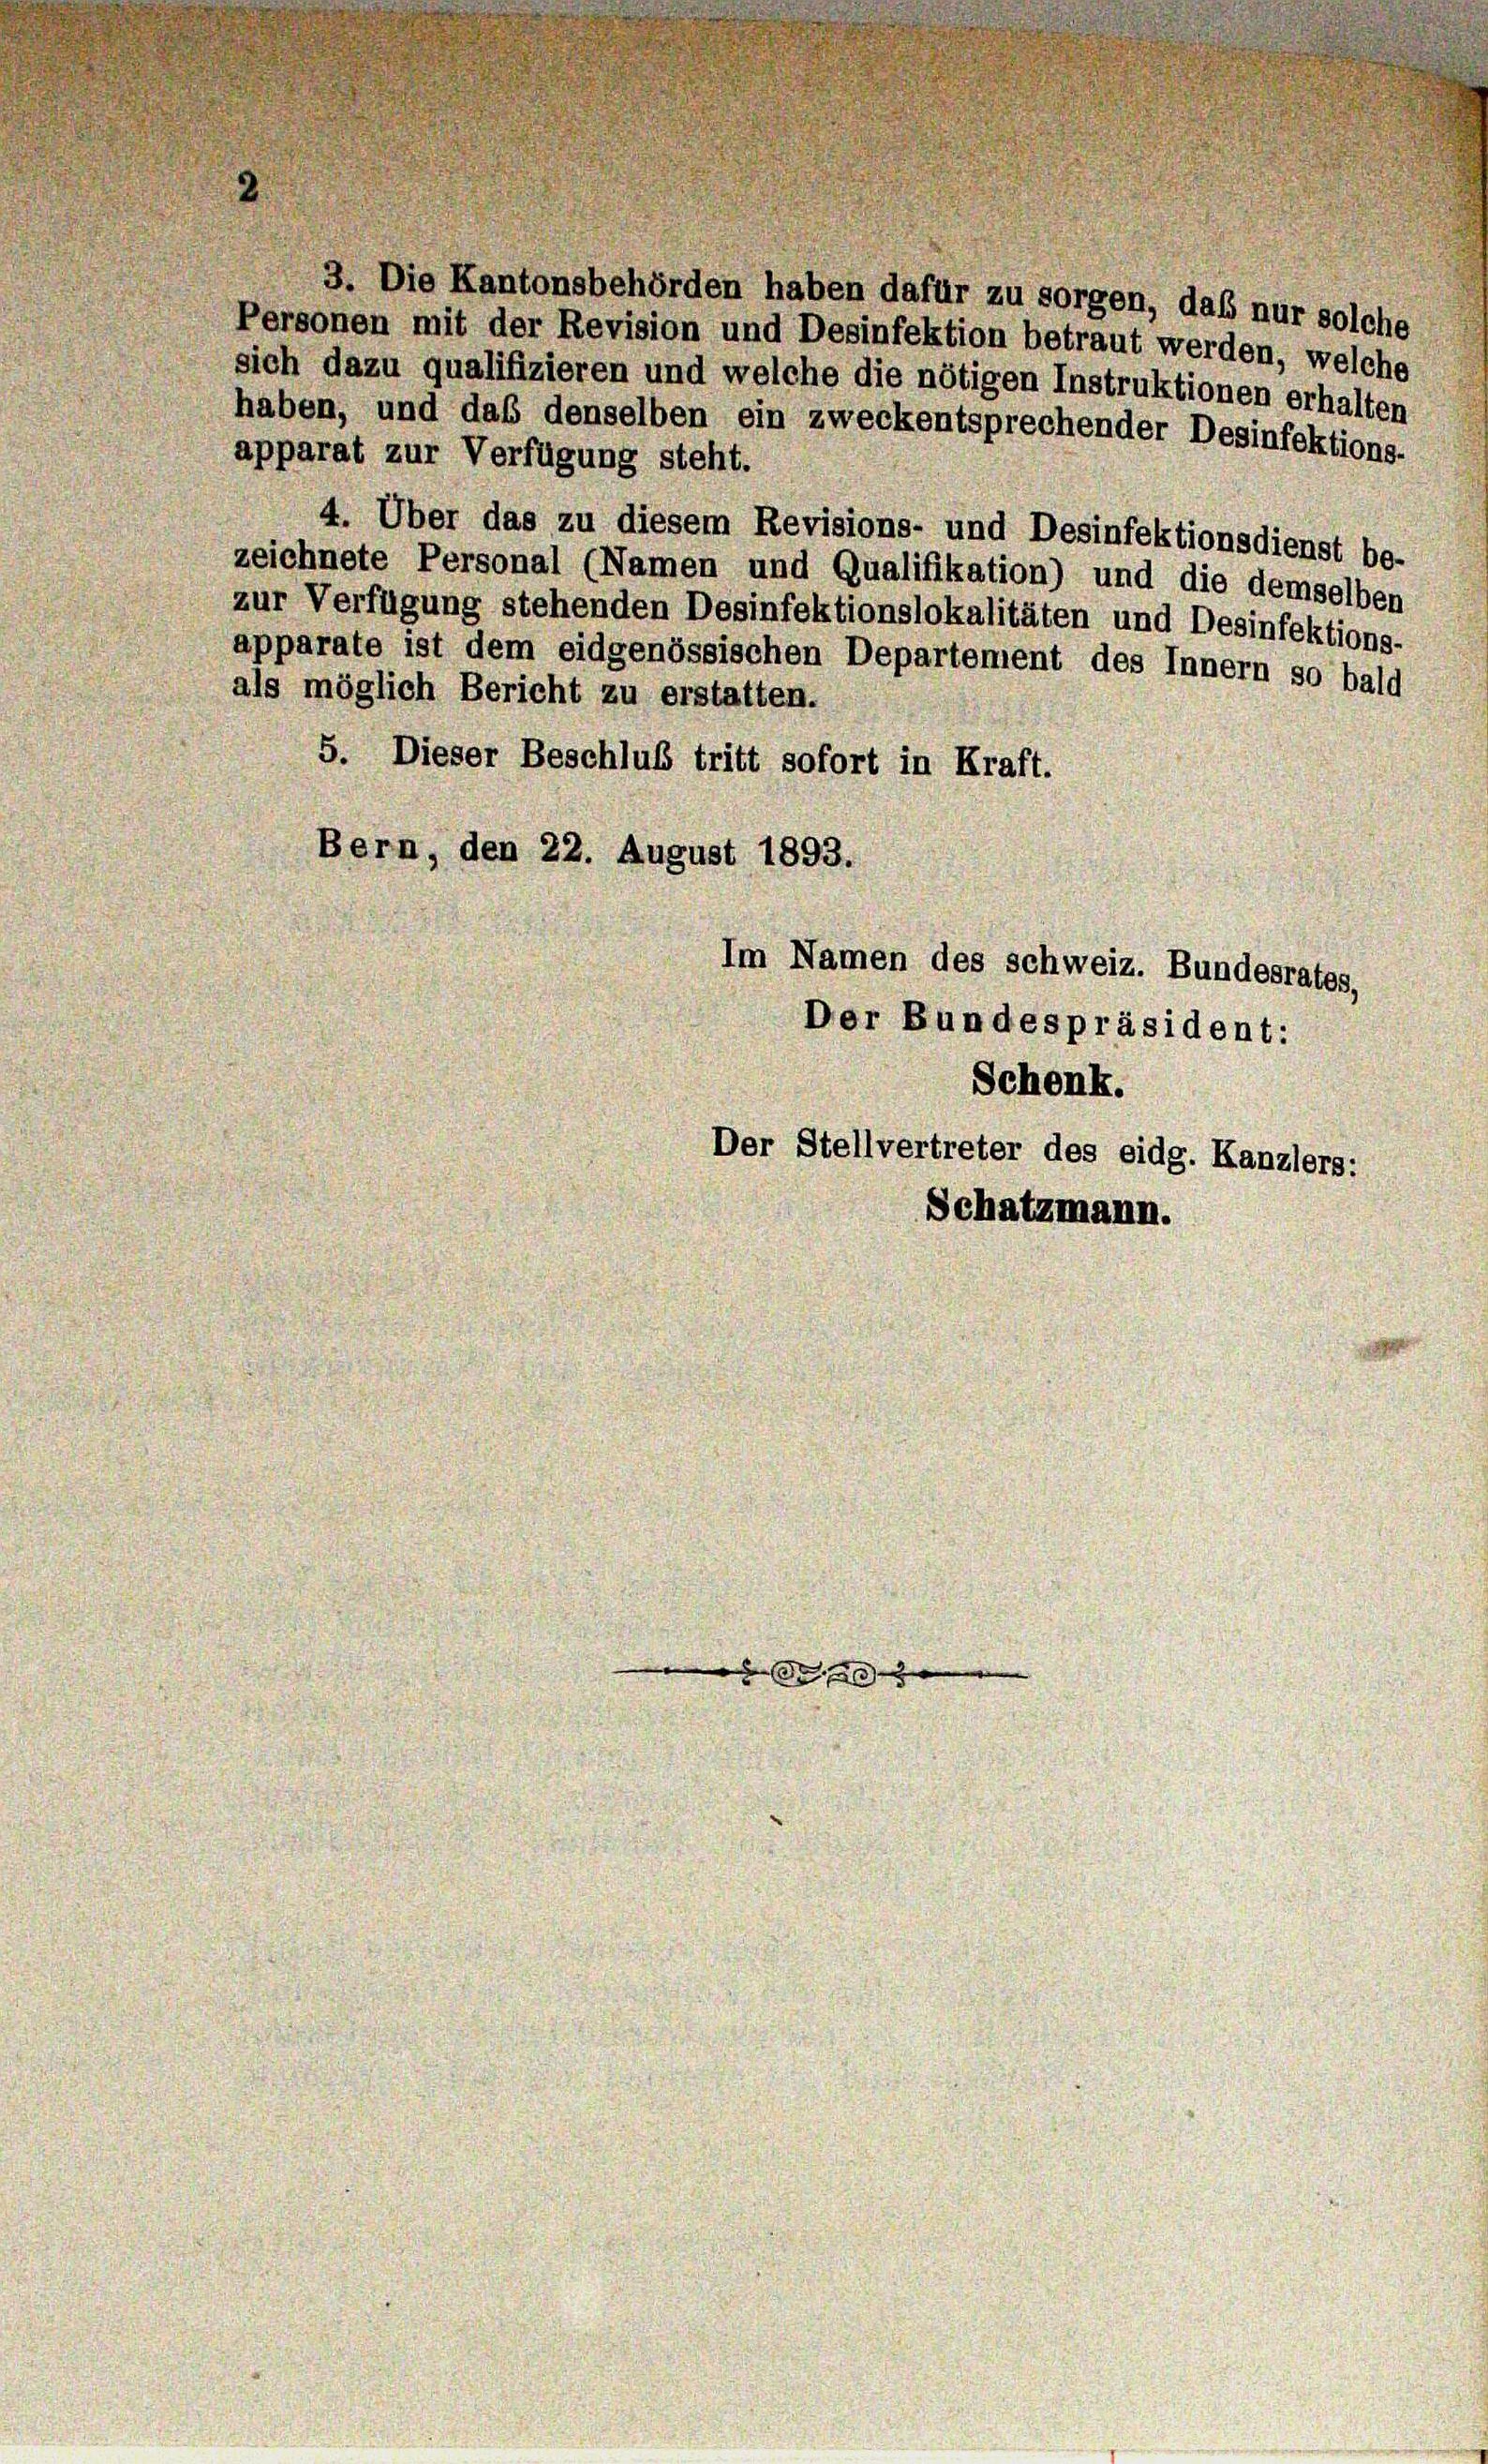
3. Die Kantonsbehörden haben dafür zu sorgen, daß nur solche
Personen mit der Revision und Desinfektion betraut werden, welche
sich dazu qualifizieren und welche die nötigen Instruktionen erhalten
haben, und das denselben ein zweckentsprechender Desinfektions-
apparat zur Verfügung steht.
4. Über das zu diesem Revisions- und Desinfektionsdienst be-
zeichnete Personal (Namen und Qualifikation) und die demselben
zur Verfügung stehenden Desinfektionslokalitäten und Desinfektions-
apparate ist dem eidgenössischen Departement des Innern so bald
als möglich Bericht zu erstatten.
5. Dieser Beschluß tritt sofort in Kraft.
Bern, den 22. August 1893.
Im Namen des schweiz. Bundesrates.
Der Bundespräsident:
Schenk.

Der Stellvertreter des eidg. Kanzlers:
Schatzmann.

0